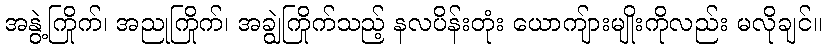
အနွဲ့ကြိုက်၊ အညုကြိုက်၊ အချွဲကြိုက်သည့် နလပိန်းတုံး ယောကျ်ားမျိုးကိုလည်း မလိုချင်။